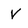
Character: V